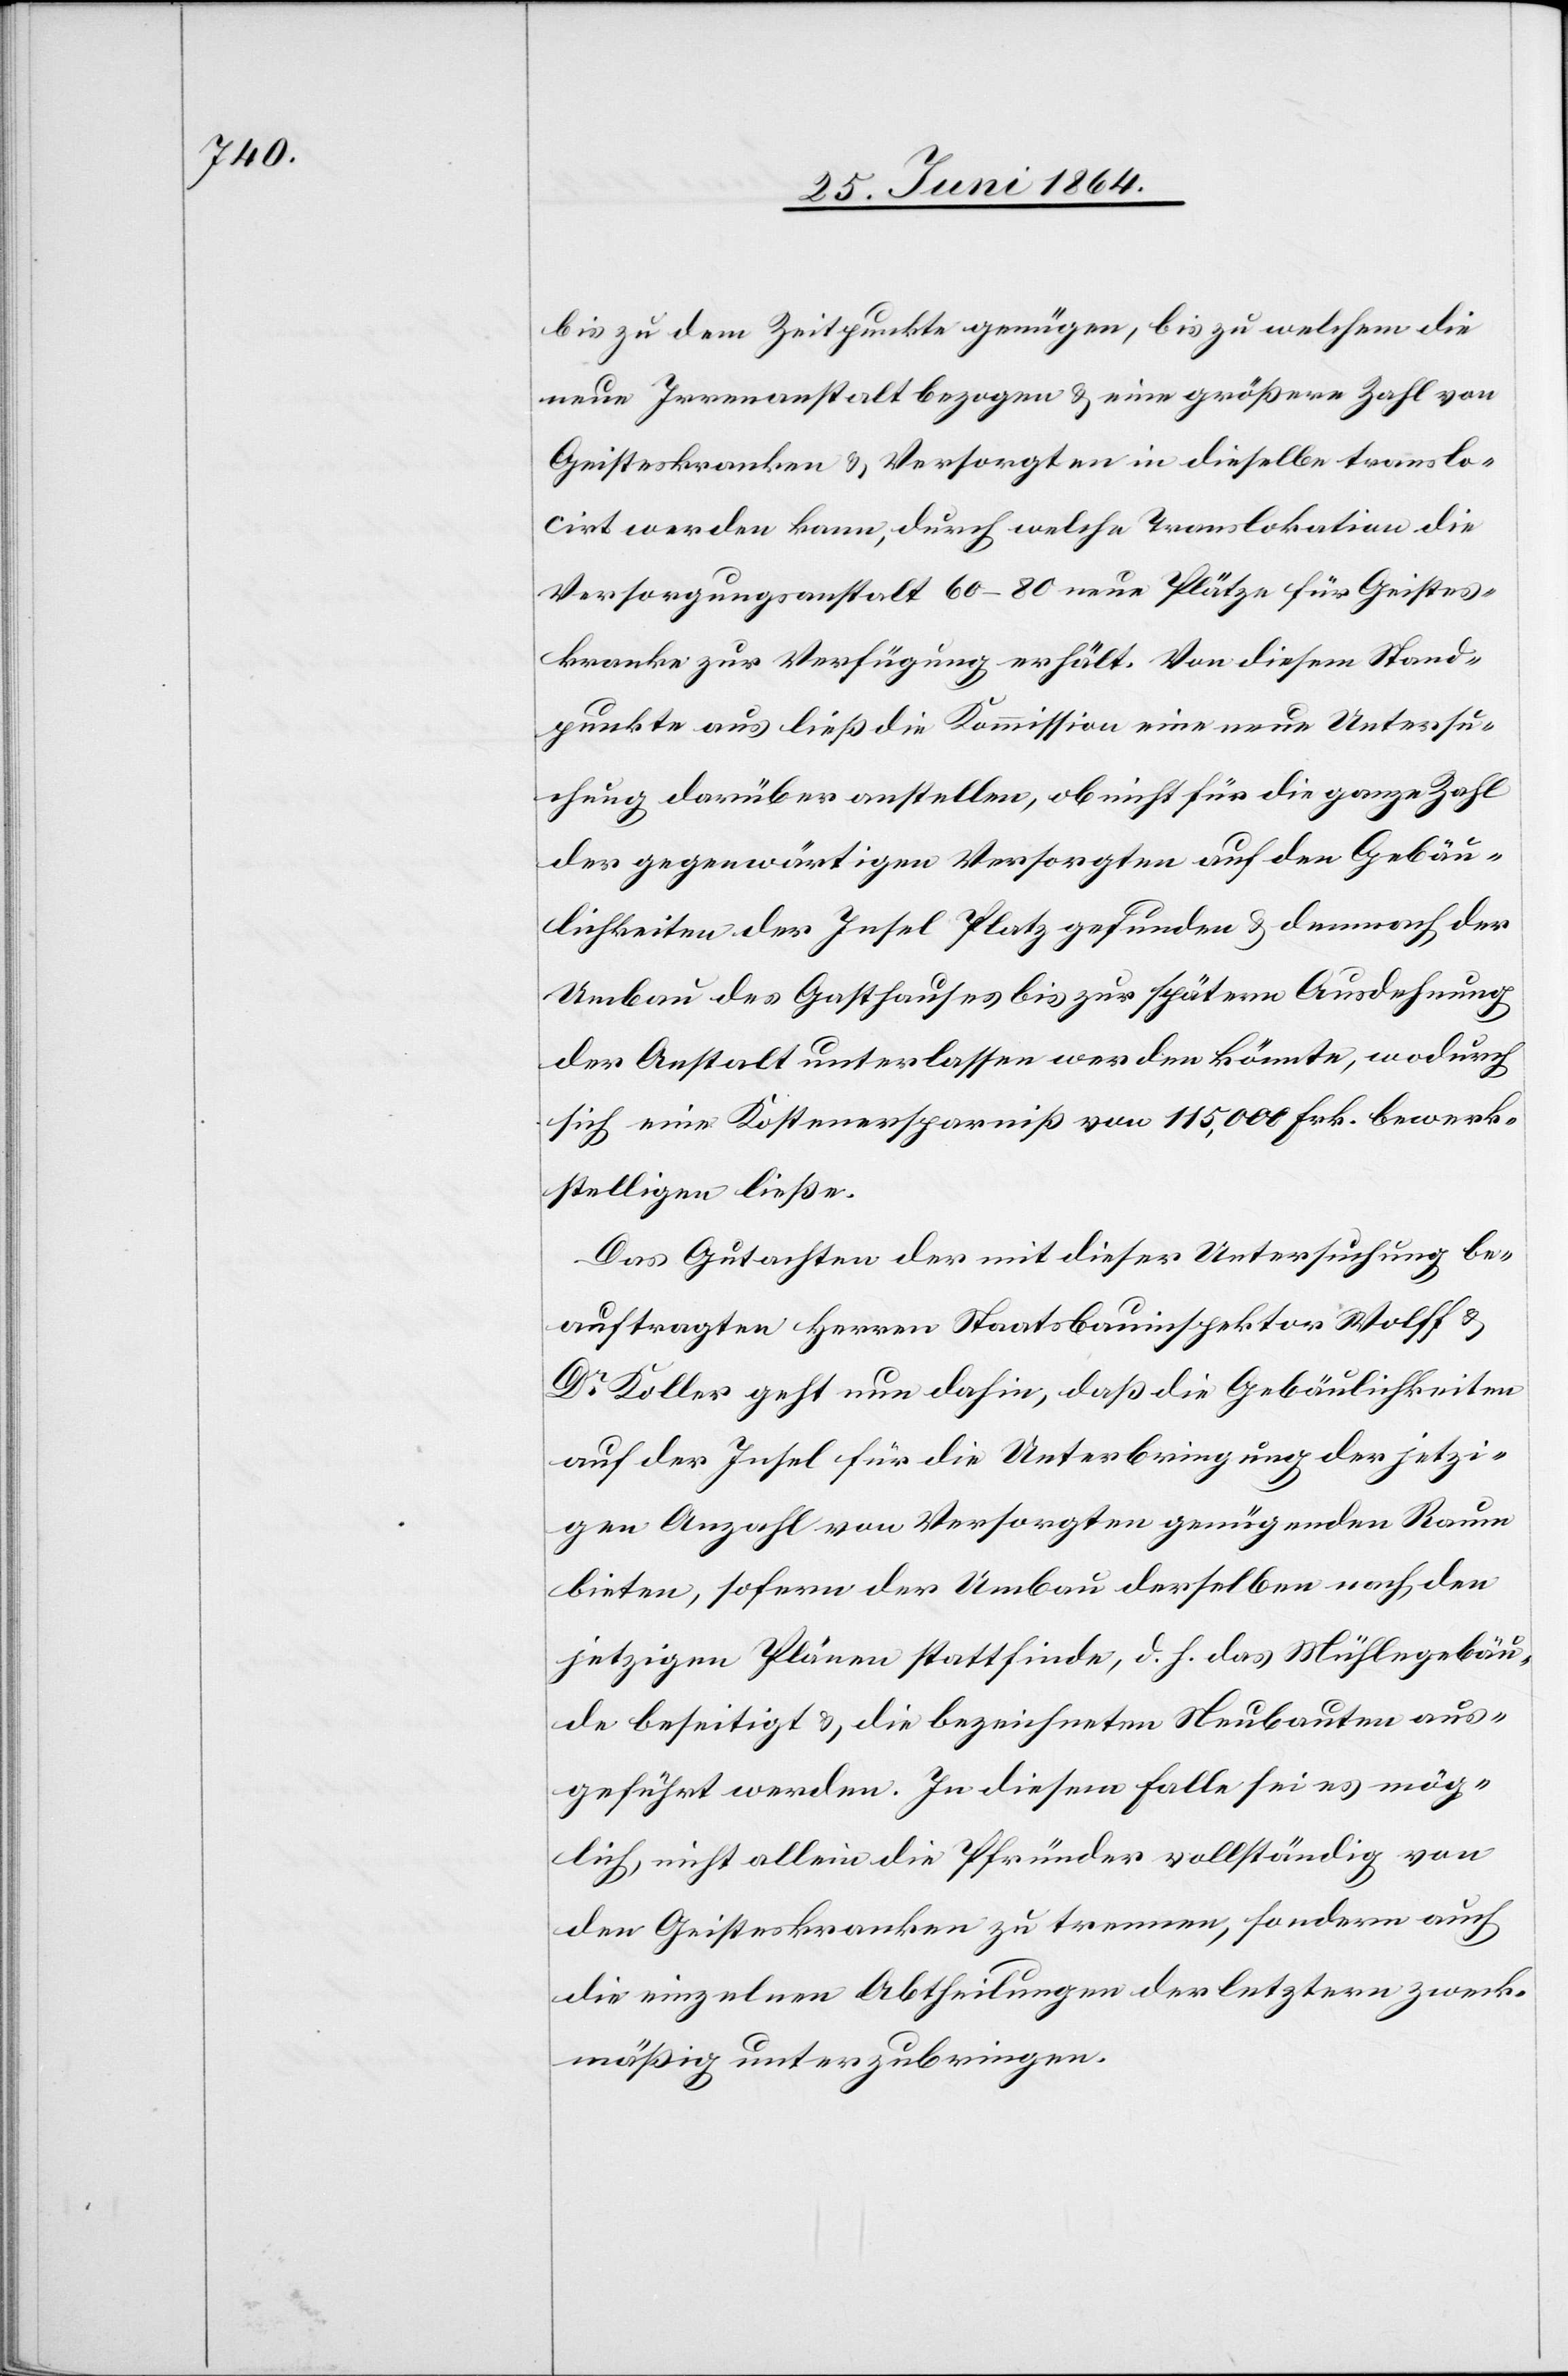
bis zu dem Zeitpunkte genügen, bis zu welchem die
neue Irrenanstalt bezogen u. eine größere Zahl von
Geisteskranken u. Versorgten in dieselbe tranlo¬
cirt werden kann, durch welche Translokation die
Versorgungsanstalt 60–80 neue Plätze für Geistes¬
kranke zur Verfügung erhält. Von diesem Stand¬
punkte aus ließ die Kommission eine neue Untersu¬
chung darüber anstellen, ob nicht für die ganze Zahl
der gegenwärtigen Versorgten auf den Gebäu¬
lichkeiten der Insel Platz gefunden u. dennoch der
Umbau des Gasthauses bis zur spätern Ausdehnung
der Anstalt unterlassen werden könnte, wodurch
sich eine Kostenersparniß von 115,000 Frk. bewerk¬
stelligen ließe.
Das Gutachten der mit dieser Untersuchung be¬
auftragten Herren Staatsbauinspektor Wolff u.
Dr Koller geht nun dahin, daß die Gebäulichkeiten
auf der Insel für die Unterbringung der jetzi¬
gen Anzahl von Versorgten genügenden Raum
bieten, sofern der Umbau derselben nach den
jetzigen Plänen stattfinde, d. h. das Mühlegebäu¬
de beseitigt u. die bezeichneten Neubauten aus¬
geführt werden. In diesem Falle sei es mög¬
lich, nicht allein die Pfründer vollständig von
den Geisteskranken zu trennen, sondern auch
die einzelnen Abtheilungen der letztern zweck¬
mäßig unterzubringen.